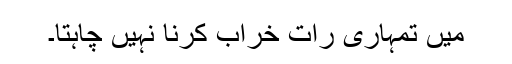
میں تمہاری رات خراب کرنا نہیں چاہتا۔